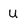
Character: U